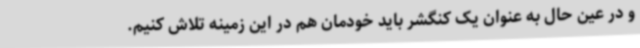
و در عین حال به عنوان یک کنگشر باید خودمان هم در این زمینه تلاش کنیم.